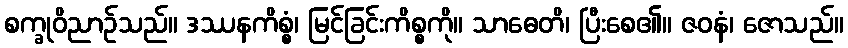
စက္ခုဝိညာဉ်သည်။ ဒဿနကိစ္စံ၊ မြင်ခြင်းကိစ္စကို။ သာဓေတိ၊ ပြီးစေ၏။ ဇဝနံ၊ ဇောသည်။